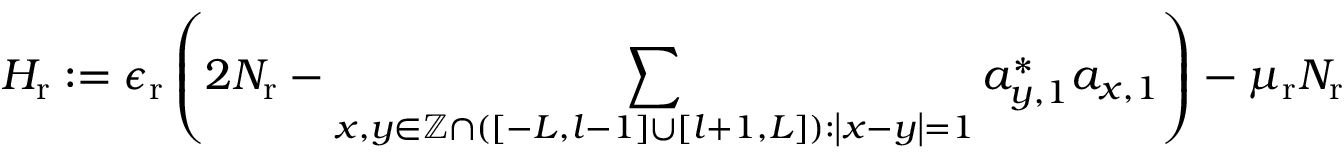
H _ { \mathrm { r } } : = \epsilon _ { \mathrm { r } } \left( 2 N _ { \mathrm { r } } - \sum _ { x , y \in \mathbb { Z } \cap \left( \left[ - L , l - 1 \right] \cup \left[ l + 1 , L \right] \right) : \left\vert x - y \right\vert = 1 } a _ { y , 1 } ^ { \ast } a _ { x , 1 } \right) - \mu _ { \mathrm { r } } N _ { \mathrm { r } }